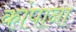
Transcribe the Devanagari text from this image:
कांपाना